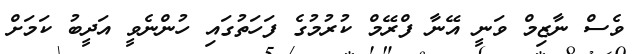
ވެސް ނާޒިމް ވަނީ އޭނާ ފްރޭމް ކުރުމުގެ ފަހަތުގައި ހުންނެވީ އަދީބު ކަމަށް